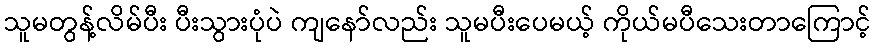
သူမတွန့်လိမ်ပီး ပီးသွားပုံပဲ ကျနော်လည်း သူမပီးပေမယ့် ကိုယ်မပီသေးတာကြောင့်